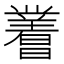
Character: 𬁝